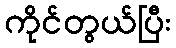
ကိုင်တွယ်ပြီး